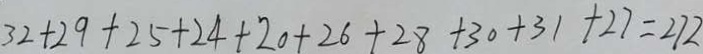
3 2 + 2 9 + 2 5 + 2 4 + 2 0 + 2 6 + 2 8 + 3 0 + 3 1 + 2 7 = 2 7 2